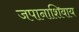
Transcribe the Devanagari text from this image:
जपानाशिवाय